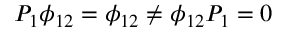
P _ { 1 } \phi _ { 1 2 } = \phi _ { 1 2 } \neq \phi _ { 1 2 } P _ { 1 } = 0